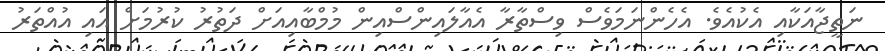
ނަތީޖާއަކާއި އެކުއެވެ. އެހެންނަމަވެސް ވިސްތާރާ އެއާލައިންސްއިން މުމްބާއިއަށް ދަތުރު ކުރުމަށް އައި އުއްތަރު